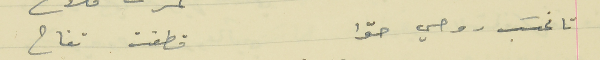
تا نحسَب روحي حوّا                                   قطفت تفاح